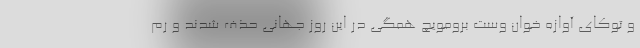
و توکای آوازه خوان وست برومویچ همگی در این روز جهانی حذف شدند و رم